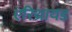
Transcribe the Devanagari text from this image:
एरिथ्रायड